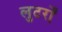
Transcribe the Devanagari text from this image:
लुटर्रों